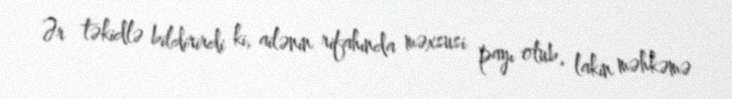
Ər təkidlə bildirirdi ki, ailənin rifahında məxsusi payı olub, lakin məhkəmə